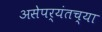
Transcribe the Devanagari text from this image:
असेपर्यंतच्या